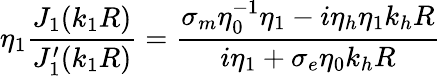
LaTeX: \eta_{1}\frac{J_{1}(k_{1}R)}{J_{1}^{\prime}(k_{1}R)}=\frac{\sigma_{m}\eta_{0}^{-1}\eta_{1}-i\eta_{h}\eta_{1}k_{h}R}{i\eta_{1}+\sigma_{e}\eta_{0}k_{h}R}